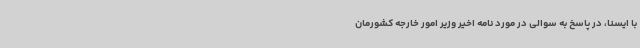
با ایسنا، در پاسخ به سوالی در مورد نامه اخیر وزیر امور خارجه کشورمان